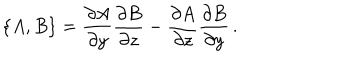
LaTeX: \{ A , B \} = { \frac { \partial A } { \partial y } } { \frac { \partial B } { \partial z } } - { \frac { \partial A } { \partial z } } { \frac { \partial B } { \partial y } } \, .